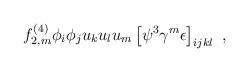
LaTeX: \begin{align*}f^{(4)}_{2,m} \phi_i \phi_j u_k u_l u_m \left[ \psi^3 \gamma^m \epsilon \right]_{ijkl} \ , \end{align*}